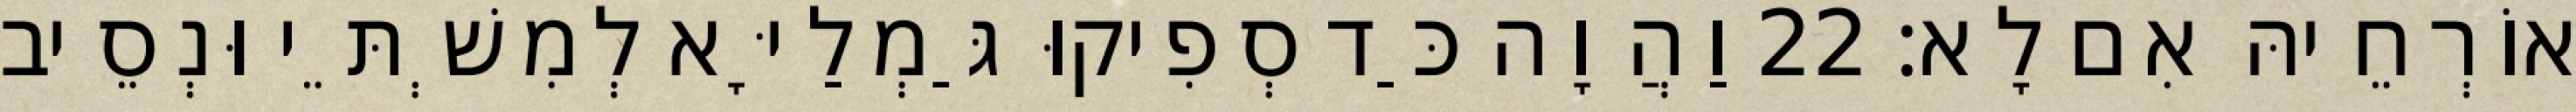
אוֹרְחֵיהּ אִם לָא׃ 22 וַהֲוָה כַּד סְפִיקוּ גַּמְלַיָּא לְמִשְׁתֵּי וּנְסֵיב